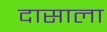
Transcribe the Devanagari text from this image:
दासाला